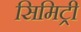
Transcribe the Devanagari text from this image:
सिमिट्री